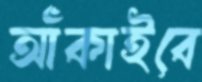
আঁকাইবে